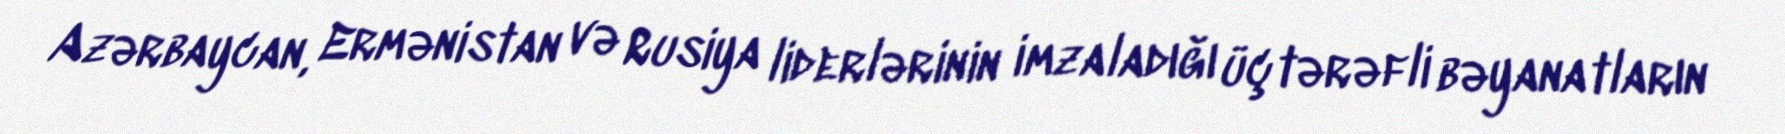
Azərbaycan, Ermənistan və Rusiya liderlərinin imzaladığı üçtərəfli bəyanatların